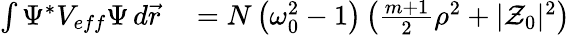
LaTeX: \begin{array}{rl}{\int\Psi^{*}V_{eff}\Psi\, d\vec{r}}&{{}=N\left({\omega_{0}^{2}}-1\right)\left(\frac{m+1}{2}\rho^{2}+|\mathcal{Z}_{0}|^{2}\right)}\end{array}